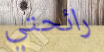
رائحتي